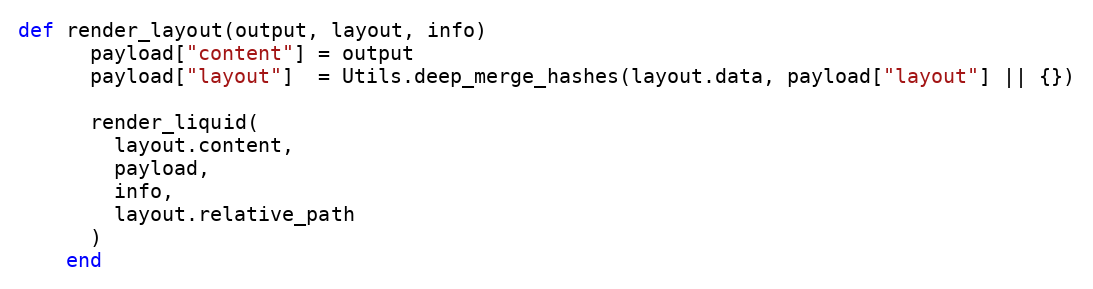
Language: Ruby
def render_layout(output, layout, info)
      payload["content"] = output
      payload["layout"]  = Utils.deep_merge_hashes(layout.data, payload["layout"] || {})

      render_liquid(
        layout.content,
        payload,
        info,
        layout.relative_path
      )
    end